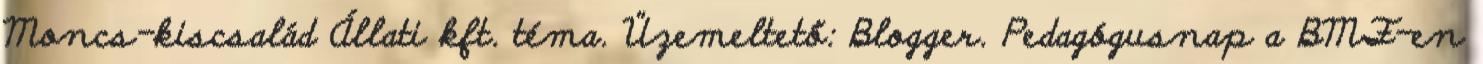
Moncs-kiscsalád Állati kft. téma. Üzemeltető: Blogger. Pedagógusnap a BMF-en